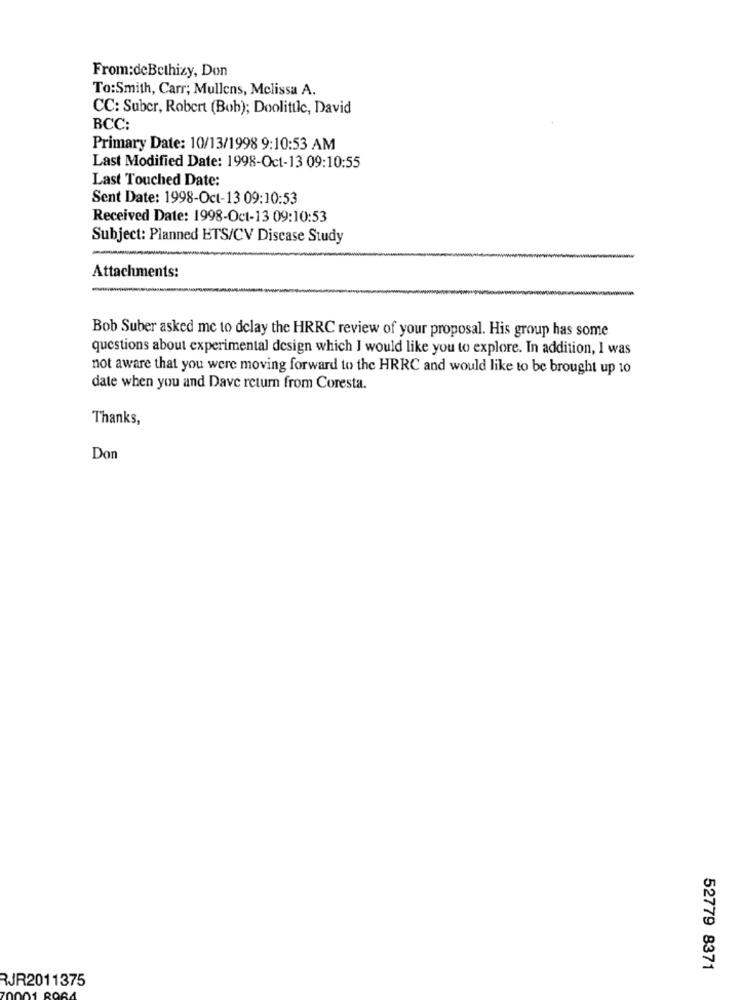
From:deBethizy, Don
To:Smith, Carr; Mullens, Melissa A.
CC: Suber, Robert (Bob); Doolittle, David
BCC:
Primary Date: 10/13/1998 9:10:53 AM
Last Modified Date: 1998-Oct-13 09:10:55
Last Touched Date:
Sent Date: 1998-Oct-13 09:10:53
Received Date: 1998-Oct-13 09:10:53
Subject: Planned ETS/CV Disease Study
Attachments:
Bob Suber asked me to delay the HRRC review of your proposal. His group has some
questions about experimental design which I would like you to explore. In addition, I was
not aware that you were moving forward to the HRRC and would like to be brought up 10
date when you and Dave return from Coresta.
Thanks,
Don
52779 8371
RJR2011375
BOA